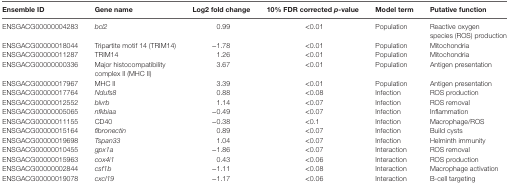
<table><thead><tr><td><b>Ensemble ID</b></td><td><b>Gene name</b></td><td><b>Log2 fold change</b></td><td><b>10% FDR corrected <i>p</i>-value</b></td><td><b>Model term</b></td><td><b>Putative function</b></td></tr></thead><tbody><tr><td>ENSGACG00000004283</td><td><i>bcl2</i></td><td>0.99</td><td>&lt;0.01</td><td>Population</td><td>Reactive oxygen species (ROS) production</td></tr><tr><td>ENSGACG00000018044</td><td>Tripartite motif 14 (TRIM14)</td><td>−1.78</td><td>&lt;0.01</td><td>Population</td><td>Mitochondria</td></tr><tr><td>ENSGACG00000011287</td><td>TRIM14</td><td>1.26</td><td>&lt;0.01</td><td>Population</td><td>Mitochondria</td></tr><tr><td>ENSGACG00000000336</td><td>Major histocompatibility complex II (MHC II)</td><td>3.67</td><td>&lt;0.01</td><td>Population</td><td>Antigen presentation</td></tr><tr><td>ENSGACG00000017967</td><td>MHC II</td><td>3.39</td><td>&lt;0.01</td><td>Population</td><td>Antigen presentation</td></tr><tr><td>ENSGACG00000017764</td><td><i>Ndufs8</i></td><td>0.88</td><td>&lt;0.08</td><td>Infection</td><td>ROS production</td></tr><tr><td>ENSGACG00000012552</td><td><i>blvrb</i></td><td>1.14</td><td>&lt;0.07</td><td>Infection</td><td>ROS removal</td></tr><tr><td>ENSGACG00000005065</td><td><i>nfkbiaa</i></td><td>−0.49</td><td>&lt;0.07</td><td>Infection</td><td>Inflammation</td></tr><tr><td>ENSGACG00000011155</td><td>CD40</td><td>−0.38</td><td>&lt;0.1</td><td>Infection</td><td>Macrophage/ROS</td></tr><tr><td>ENSGACG00000015164</td><td><i>fibronectin</i></td><td>0.89</td><td>&lt;0.07</td><td>Infection</td><td>Build cysts</td></tr><tr><td>ENSGACG00000019698</td><td><i>Tspan33</i></td><td>1.04</td><td>&lt;0.07</td><td>Infection</td><td>Helminth immunity</td></tr><tr><td>ENSGACG00000010455</td><td><i>gpx1a</i></td><td>−1.86</td><td>&lt;0.07</td><td>Interaction</td><td>ROS removal</td></tr><tr><td>ENSGACG00000015963</td><td><i>cox4i1</i></td><td>0.43</td><td>&lt;0.06</td><td>Interaction</td><td>ROS production</td></tr><tr><td>ENSGACG00000002844</td><td><i>csf1b</i></td><td>−1.11</td><td>&lt;0.08</td><td>Interaction</td><td>Macrophage activation</td></tr><tr><td>ENSGACG00000019078</td><td><i>cxcl19</i></td><td>−1.17</td><td>&lt;0.06</td><td>Interaction</td><td>B-cell targeting</td></tr></tbody></table>